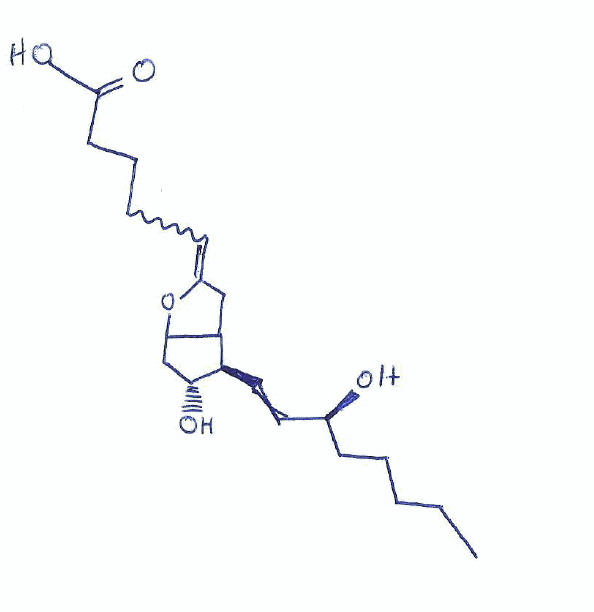
Simplified molecular-input line-entry system (SMILES) notation of the given molecule:
CCCCC[C@@H](C=C[C@H]1[C@@H](CC2C1CC(=CCCCC(=O)O)O2)O)O